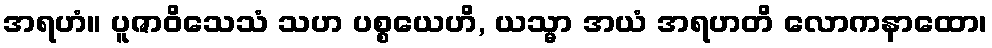
အရဟံ။ ပူဇာဝိသေသံ သဟ ပစ္စယေဟိ, ယသ္မာ အယံ အရဟတိ လောကနာထော၊